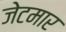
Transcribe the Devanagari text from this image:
जेटमार